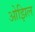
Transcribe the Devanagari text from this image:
ओझिल